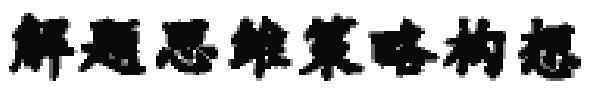
解题思维策略构想